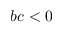
b c < 0